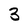
Character: 3